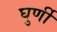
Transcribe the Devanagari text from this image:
घुर्णी